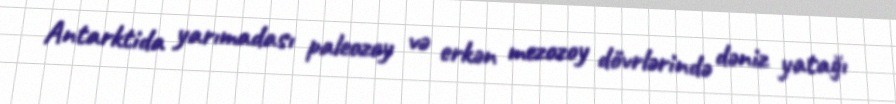
Antarktida yarımadası paleozoy və erkən mezozoy dövrlərində dəniz yatağı